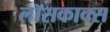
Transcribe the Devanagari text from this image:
लॉसकाक्स